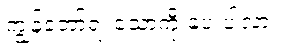
ကျွန်တော့်ရဲ့ သော့ကို ပေးပါလား။